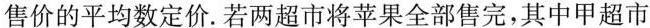
售价的平均数定价。若两超市将苹果全部售完，其中甲超市